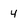
Character: 4